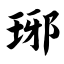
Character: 琊